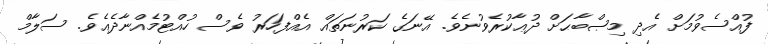
ފުއްސެވުމަށް އެދި މިޞްބާޙަށް ދުޢާކުރެވުނެވެ. އޭނަގެ ކަރުނަތައް އެއްފަހަރު ވެސް ހުއްޓުމެއްނާދެއެވެ. ސަލާމް